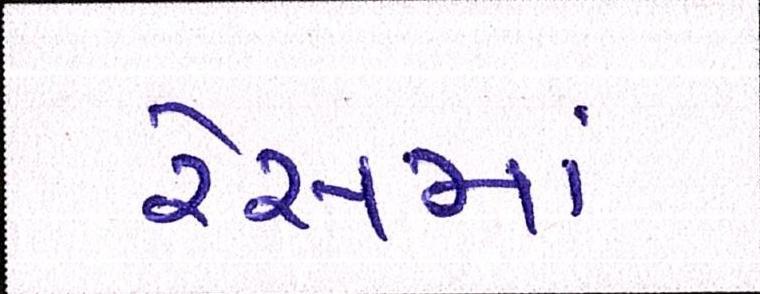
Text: રેસમાં